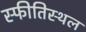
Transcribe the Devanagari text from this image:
स्फीतिस्थल